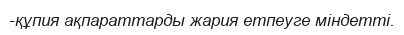
-құпия ақпараттарды жария етпеуге міндетті.